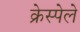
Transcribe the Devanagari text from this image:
क्रेस्पेले